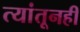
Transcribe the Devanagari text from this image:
त्यांतूनही